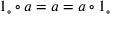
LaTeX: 1 _ { \circ } \circ a = a = a \circ 1 _ { \circ }